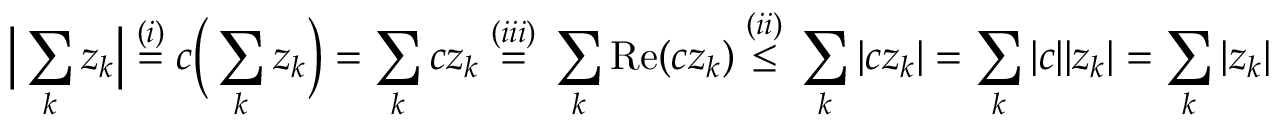
{ \Big | } \sum _ { k } z _ { k } { \Big | } \; { \overset { ( i ) } { = } } \; c { \Big ( } \sum _ { k } z _ { k } { \Big ) } = \sum _ { k } c z _ { k } \; { \overset { ( i i i ) } { = } } \; \sum _ { k } \mathrm { R e } ( c z _ { k } ) \; { \overset { ( i i ) } { \leq } } \; \sum _ { k } | c z _ { k } | = \sum _ { k } | c | | z _ { k } | = \sum _ { k } | z _ { k } |